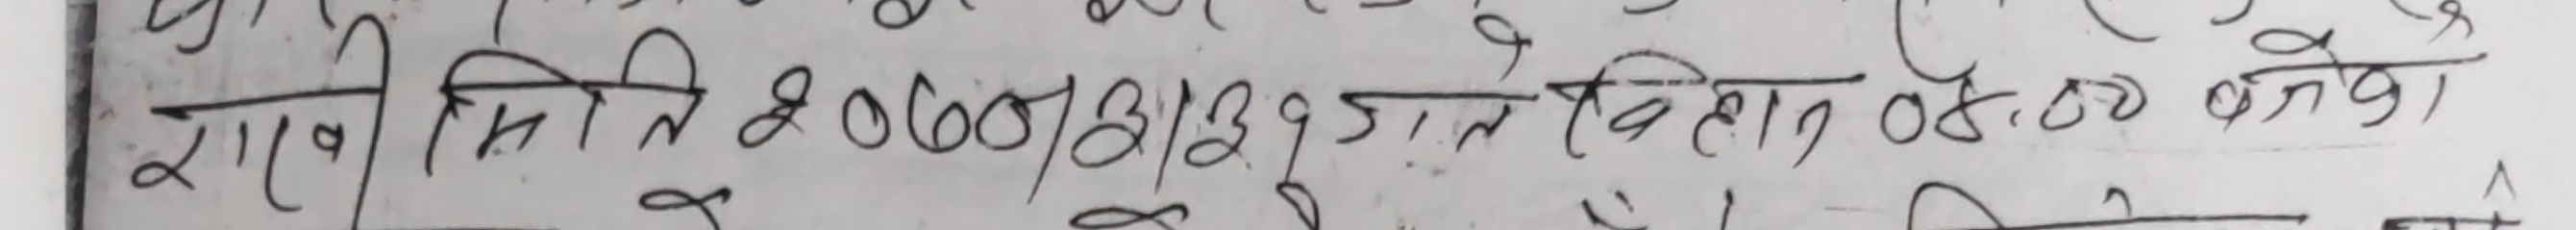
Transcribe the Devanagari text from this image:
राखी मिति २०७०।३।१३ गते बिहान ०८:०० बजे।